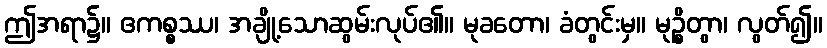
ဤအရာ၌။ ဧကစ္စဿ၊ အချို့သောဆွမ်းလုပ်၏။ မုခတော၊ ခံတွင်းမှ။ မုဉ္စိတွာ၊ လွတ်၍။